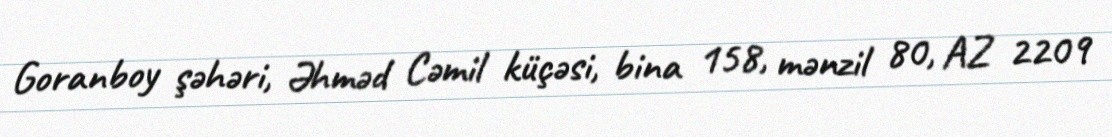
Goranboy şəhəri, Əhməd Cəmil küçəsi, bina 158, mənzil 80, AZ 2209